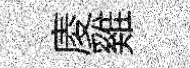
庱雞